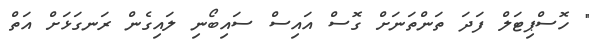
" ހޮސްޕިޓަލް ފަދަ ތަންތަނަށް ގޮސް އައިސް ސައިބޯނި ލައިގެން ރަނގަޅަށް އަތް